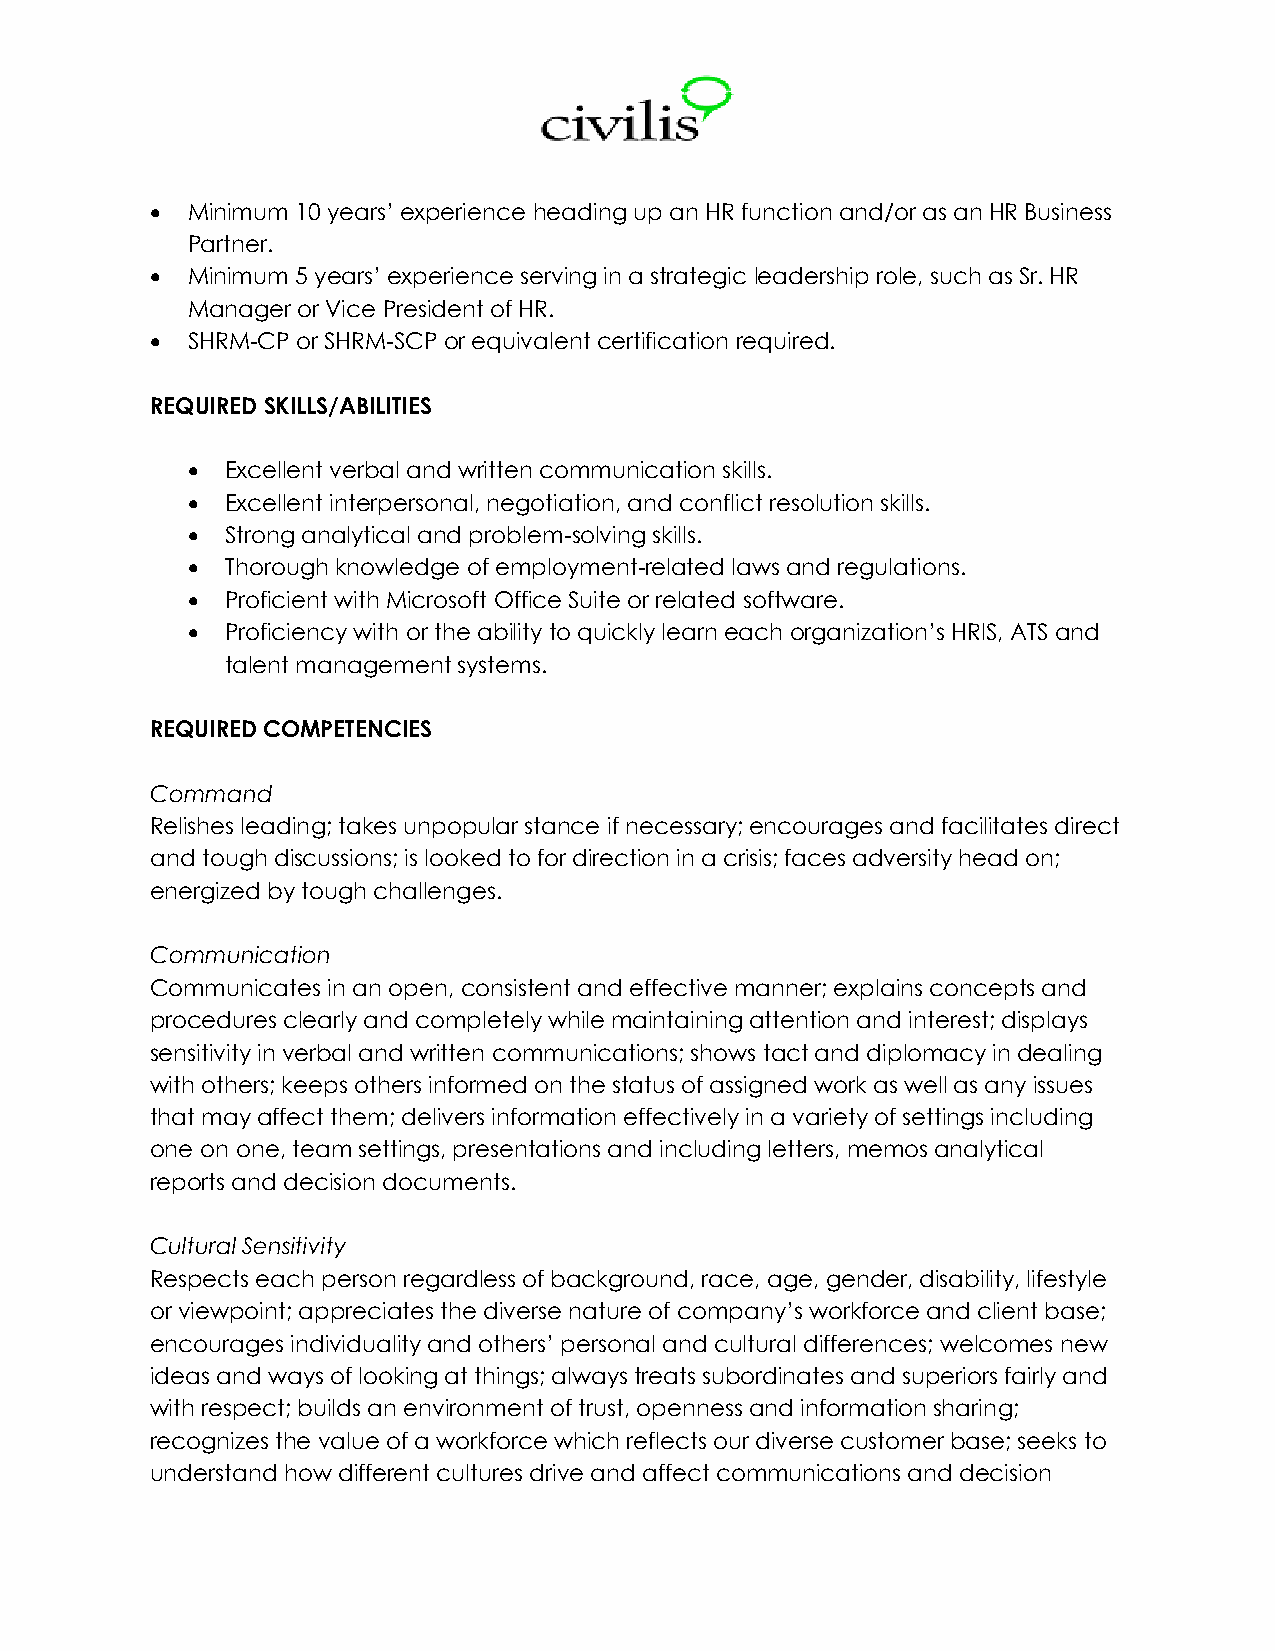
• Minimum 10 years’ experience heading up an HR function and/or as an HR Business
 Partner.
 • Minimum 5 years’ experience serving in a strategic leadership role, such as Sr. HR
 Manager or Vice President of HR.
 • SHRM-CP or SHRM-SCP or equivalent certification required.
 REQUIRED SKILLS/ABILITIES
 •  Excellent verbal and written communication skills.
 •  Excellent interpersonal, negotiation, and conflict resolution skills.
 •  Strong analytical and problem-solving skills.
 •  Thorough knowledge of employment-related laws and regulations.
 •  Proficient with Microsoft Office Suite or related software.
 •  Proficiency with or the ability to quickly learn each organization’s HRIS, ATS and
 talent management systems.
 REQUIRED COMPETENCIES
 Command
 Relishes leading; takes unpopular stance if necessary; encourages and facilitates direct
 and tough discussions; is looked to for direction in a crisis; faces adversity head on;
 energized by tough challenges.
 Communication
 Communicates in an open, consistent and effective manner; explains concepts and
 procedures clearly and completely while maintaining attention and interest; displays
 sensitivity in verbal and written communications; shows tact and diplomacy in dealing
 with others; keeps others informed on the status of assigned work as well as any issues
 that may affect them; delivers information effectively in a variety of settings including
 one on one, team settings, presentations and including letters, memos analytical
 reports and decision documents.
 Cultural Sensitivity
 Respects each person regardless of background, race, age, gender, disability, lifestyle
 or viewpoint; appreciates the diverse nature of company’s workforce and client base;
 encourages individuality and others’ personal and cultural differences; welcomes new
 ideas and ways of looking at things; always treats subordinates and superiors fairly and
 with respect; builds an environment of trust, openness and information sharing;
 recognizes the value of a workforce which reflects our diverse customer base; seeks to
 understand how different cultures drive and affect communications and decision